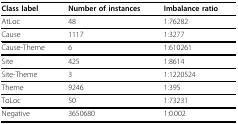
<table><thead><tr><td><b>Class label</b></td><td><b>Number of instances</b></td><td><b>Imbalance ratio</b></td></tr></thead><tbody><tr><td>AtLoc</td><td>48</td><td>1:76282</td></tr><tr><td>Cause</td><td>1117</td><td>1:3277</td></tr><tr><td>Cause-Theme</td><td>6</td><td>1:610261</td></tr><tr><td>Site</td><td>425</td><td>1:8614</td></tr><tr><td>Site-Theme</td><td>3</td><td>1:1220524</td></tr><tr><td>Theme</td><td>9246</td><td>1:395</td></tr><tr><td>ToLoc</td><td>50</td><td>1:73231</td></tr><tr><td>Negative</td><td>3650680</td><td>1:0.002</td></tr></tbody></table>